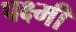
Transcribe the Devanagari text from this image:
पक्ष्मी